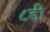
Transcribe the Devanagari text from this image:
८डी